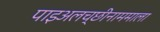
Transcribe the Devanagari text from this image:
पाइअलच्छीनाममाला